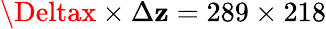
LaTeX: \Deltax\times\Delta\mathbf{z}=289\times218